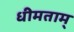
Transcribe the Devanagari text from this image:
धीमताम्‌